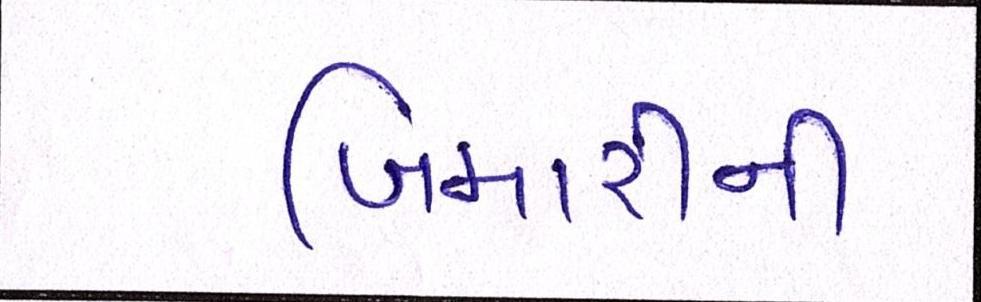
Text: બિમારીની